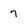
Character: 7